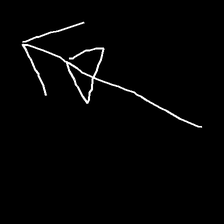
Glyph: pull